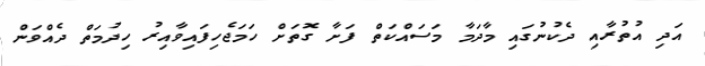
އަދި އުތުރާއި ދެކުނުގައި މާދަމާ މަސައްކަތް ފަށާ ގޮތަށް ހަމަޖެހިފައިވާއިރު ހިދުމަތް ދެއްވަން